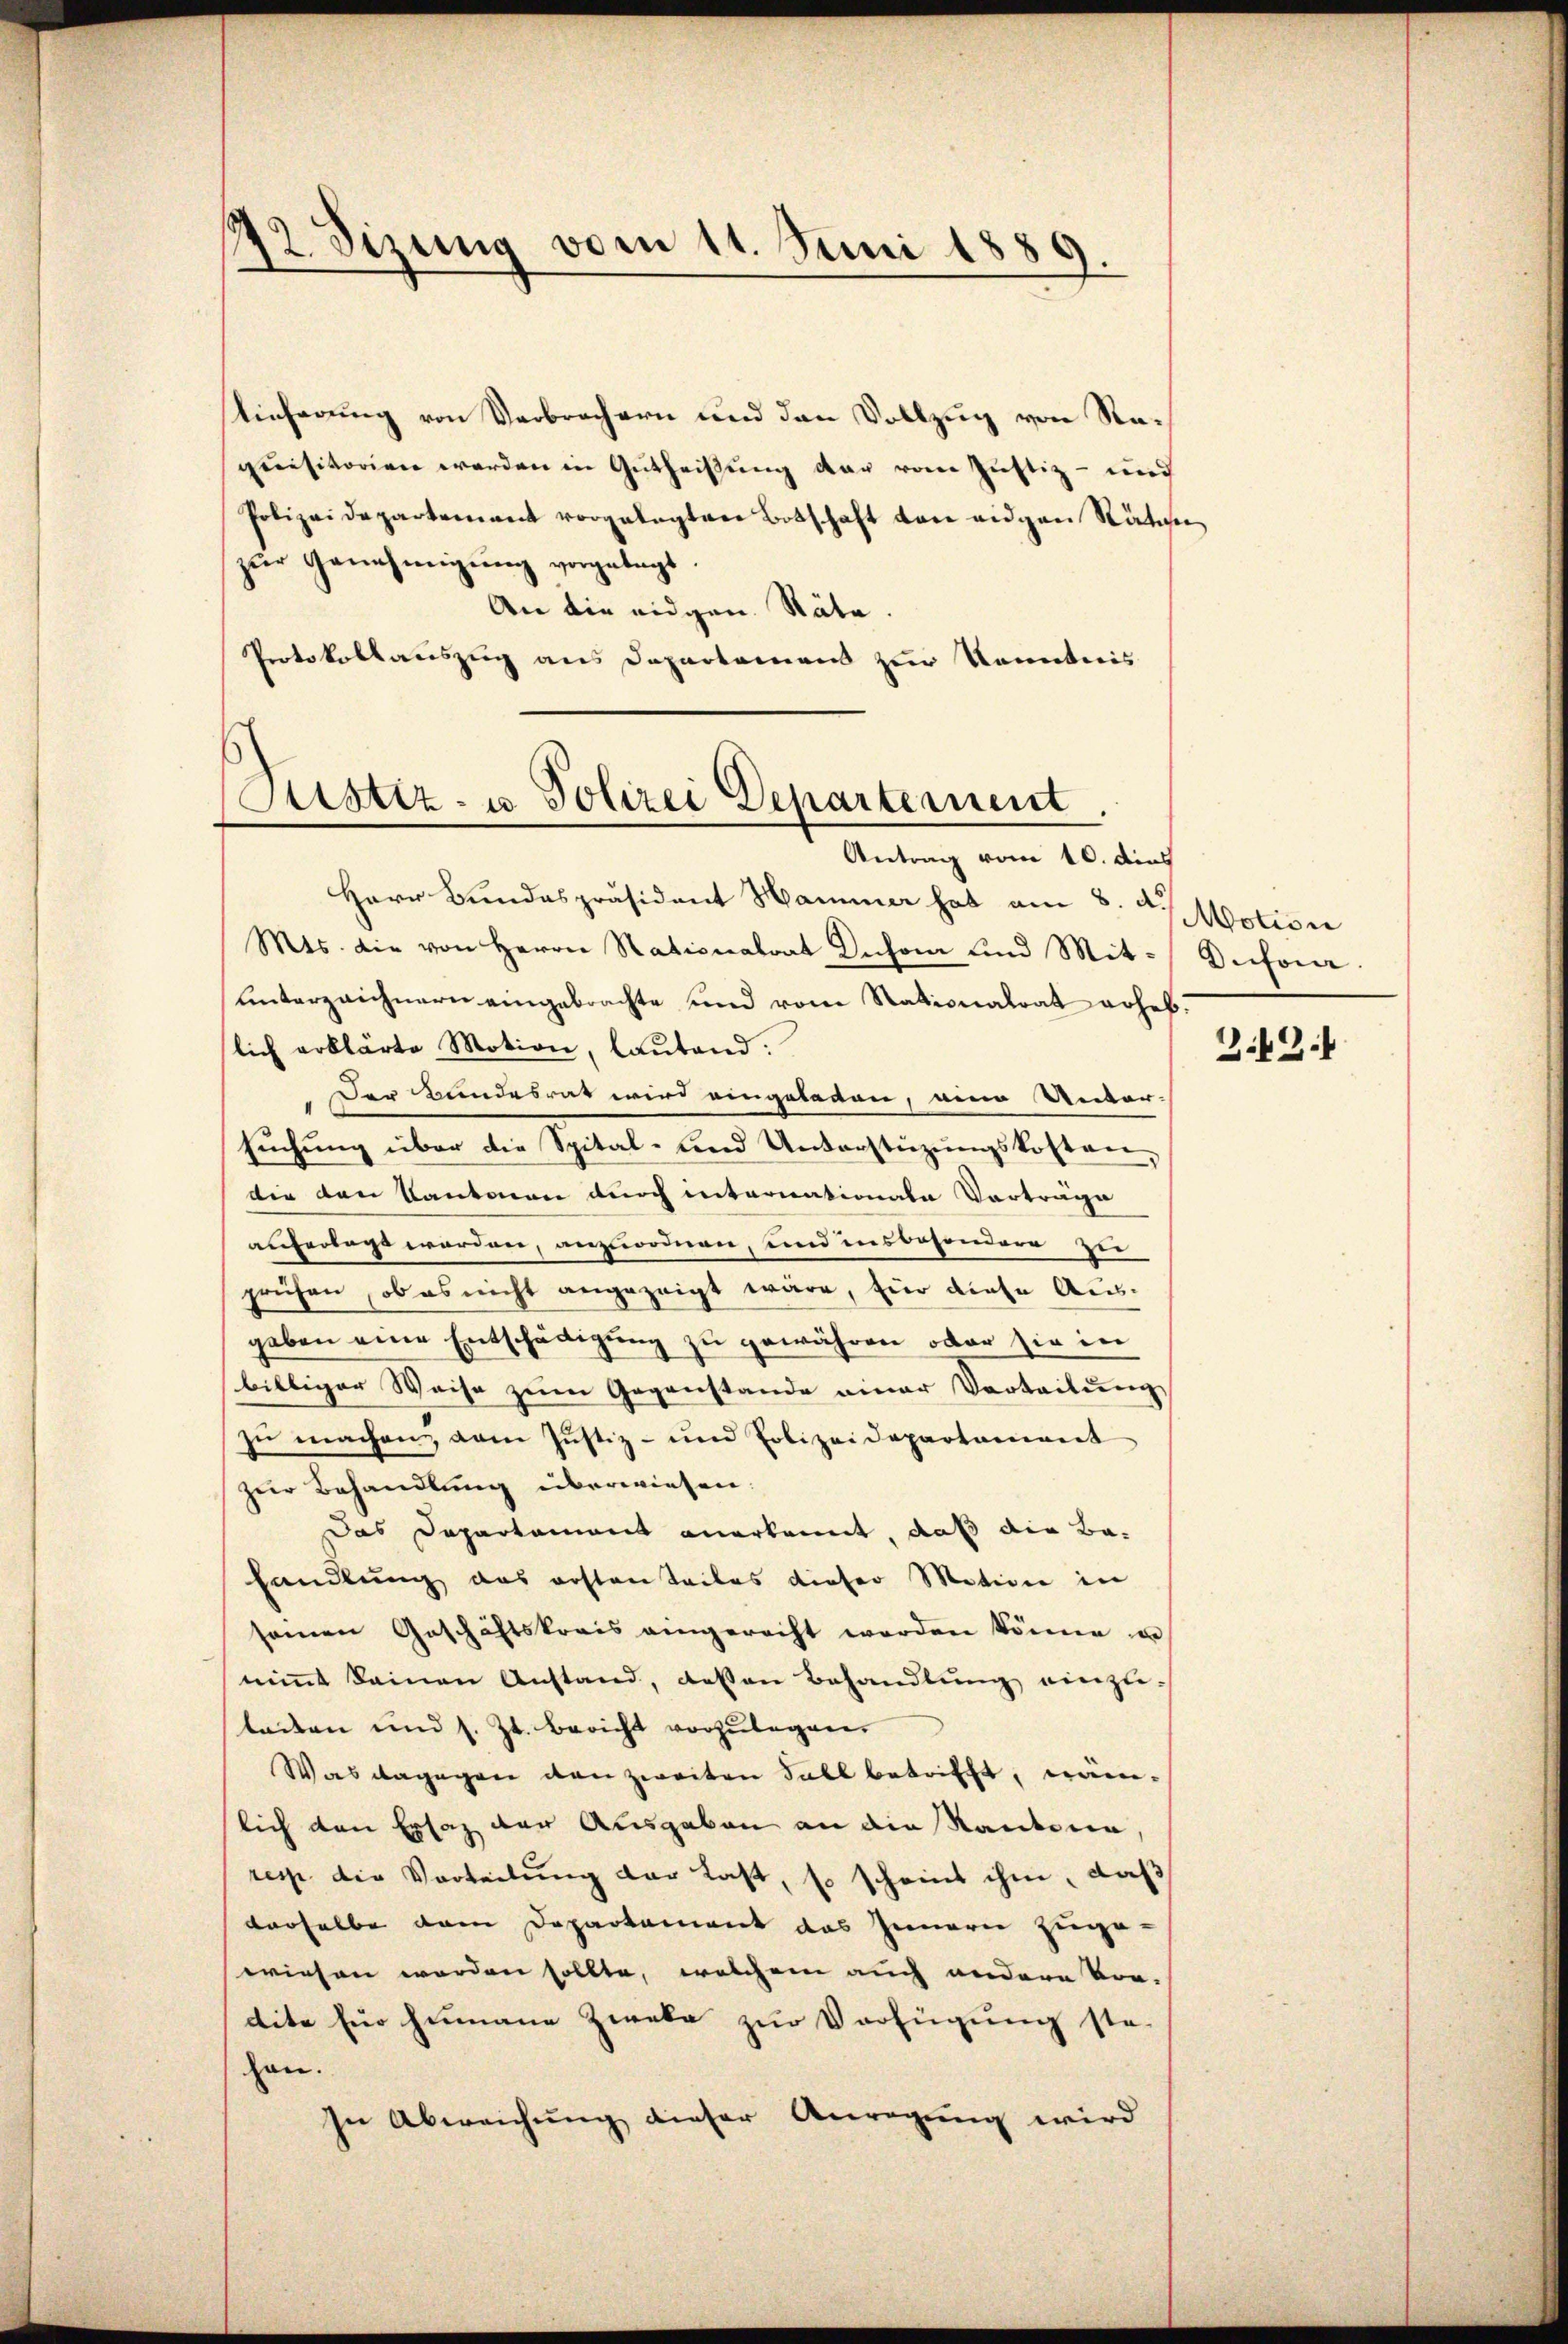
12. Sizung vom 11. Juni 1889.

Tieferung von Verbrechern und den Vollzug von Raquisitorien werden in Gutheißung der vom Justiz- und
Polizeidepartement vorgelegten Botschaft von eidgen Rätie
zŭr Genehmigŭng vorgelegt.
An die eidgen. Räte.
Protokollauszug aus Departement zur Kenntnis

Justiz- u Polizei Departement
Antrag vom 10. dies

Herr Bundespräsident Hammer hat am 8. d. Motion
Mts. die von Herrn Stationalrat Inchon und Mit-Incho
unterzeichnern eingebrachte und vom Stationalrat erhebslich erklärte Motion, lautend.
Der Bundesrat wird eingelegen, eine Unter-
sŭchŭng über die Spital- und Unterstüzungskosten,
dir den Kantonen durch internationale Vorträge
alherlage werden, anzuordnen, und insbesondere zu
prüfen, ob es nicht angezeigt wäre, hier diese Ausgeben eine Entschädigung zu gewähren, oder sie in
billiger Weise zum Gegenstande einer Vorteilung
zŭ machen, vom Justiz- und Polizeidepartament
zur Behandlung überwiesen.
Das Departament anerkannt, daß die Bahandlung das erstenteiles dieser Motion in
seien Geschäftskrais eingerecht worden könne un
nimmt keinen Anstand, dessen Behandlung einzu-
leiten und s. Zt. bericht vorzulegen.
Was dagegen den zweiten Fall betrifft, nämlich den Ersaz der Ausgaben an die Kantone,
resp. die Vorteilung der Last, so scheint ihm, daß
derselbe dem Departement das Innern zuge-
wiesen worden sollte, welchem auch andere Vor-
dite für hienaue Zweke zur Verfügung ste-
hen.
In Abweichung dieser Anregung wird

3.42.